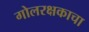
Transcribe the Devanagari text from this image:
गोलरक्षकाचा